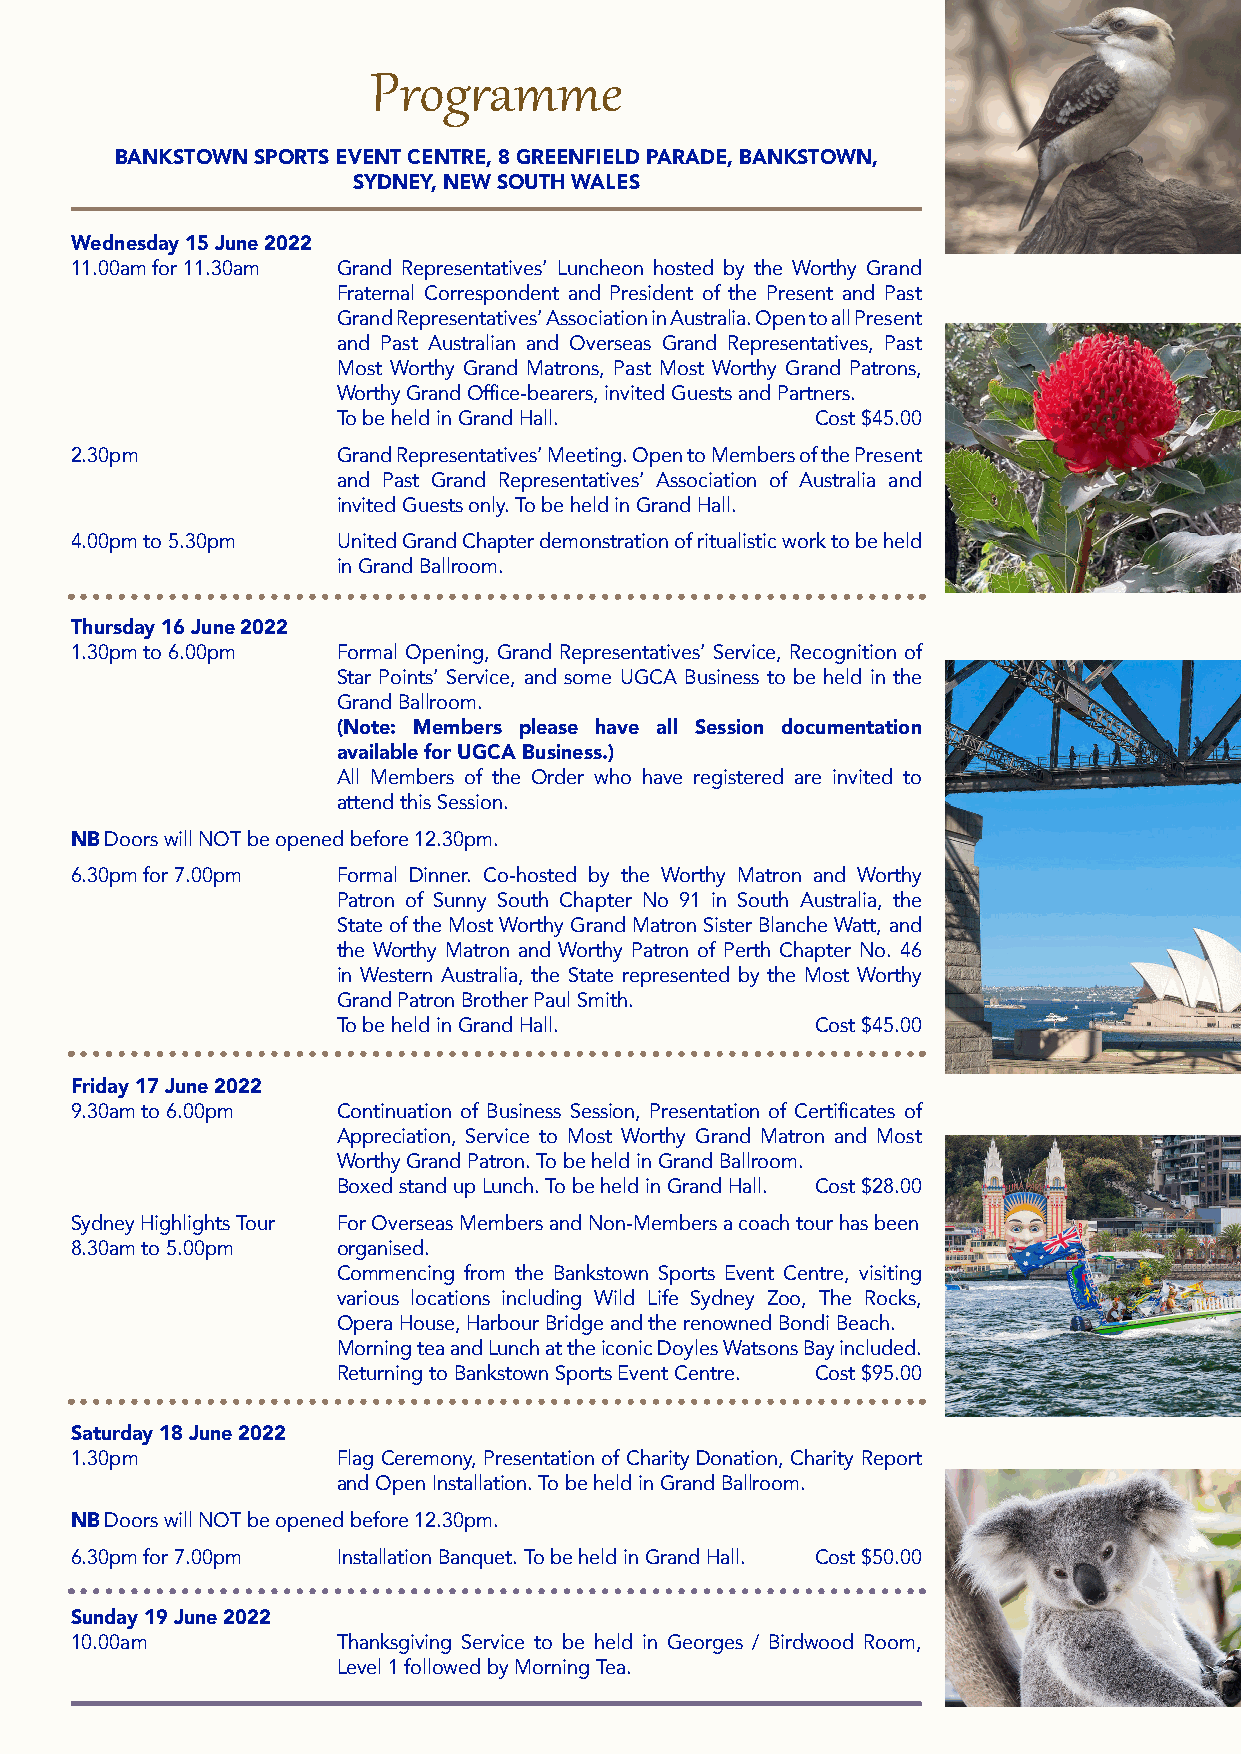
Programme
 BANKSTOWN SPORTS EVENT CENTRE, 8 GREENFIELD PARADE, BANKSTOWN,
 SYDNEY, NEW SOUTH WALES
 Wednesday 15 June 2022
 11.00am for 11.30am Grand Representatives’ Luncheon hosted by the Worthy Grand
 Fraternal Correspondent and President of the Present and Past
 Grand Representatives’ Association in Australia. Open to all Present
 and Past Australian and Overseas Grand Representatives, Past
 Most Worthy Grand Matrons, Past Most Worthy Grand Patrons,
 Worthy Grand Office-bearers, invited Guests and Partners.
 To be held in Grand Hall.       Cost $45.00
 2.30pm           Grand Representatives’ Meeting. Open to Members of the Present
 and Past Grand Representatives’ Association of Australia and
 invited Guests only. To be held in Grand Hall.
 4.00pm to 5.30pm United Grand Chapter demonstration of ritualistic work to be held
 in Grand Ballroom.
 Thursday 16 June 2022
 1.30pm to 6.00pm Formal Opening, Grand Representatives’ Service, Recognition of
 Star Points’ Service, and some UGCA Business to be held in the
 Grand Ballroom.
 (Note: Members please have all Session documentation
 available for UGCA Business.)
 All Members of the Order who have registered are invited to
 attend this Session.
 NB Doors will NOT be opened before 12.30pm.
 6.30pm for 7.00pm Formal Dinner. Co-hosted by the Worthy Matron and Worthy
 Patron of Sunny South Chapter No 91 in South Australia, the
 State of the Most Worthy Grand Matron Sister Blanche Watt, and
 the Worthy Matron and Worthy Patron of Perth Chapter No. 46
 in Western Australia, the State represented by the Most Worthy
 Grand Patron Brother Paul Smith.
 To be held in Grand Hall.       Cost $45.00
 Friday 17 June 2022
 9.30am to 6.00pm Continuation of Business Session, Presentation of Certificates of
 Appreciation, Service to Most Worthy Grand Matron and Most
 Worthy Grand Patron. To be held in Grand Ballroom.
 Boxed stand up Lunch. To be held in Grand Hall. Cost $28.00
 Sydney Highlights Tour For Overseas Members and Non-Members a coach tour has been
 8.30am to 5.00pm organised.
 Commencing from the Bankstown Sports Event Centre, visiting
 various locations including Wild Life Sydney Zoo, The Rocks,
 Opera House, Harbour Bridge and the renowned Bondi Beach.
 Morning tea and Lunch at the iconic Doyles Watsons Bay included.
 Returning to Bankstown Sports Event Centre. Cost $95.00
 Saturday 18 June 2022
 1.30pm           Flag Ceremony, Presentation of Charity Donation, Charity Report
 and Open Installation. To be held in Grand Ballroom.
 NB Doors will NOT be opened before 12.30pm.
 6.30pm for 7.00pm Installation Banquet. To be held in Grand Hall. Cost $50.00
 Sunday 19 June 2022
 10.00am          Thanksgiving Service to be held in Georges / Birdwood Room,
 Level 1 followed by Morning Tea.